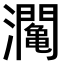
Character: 𤄡